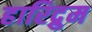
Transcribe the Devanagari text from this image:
हारिद्रुम